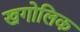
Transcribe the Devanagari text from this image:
खगोलिक